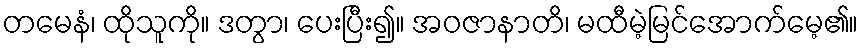
တမေနံ၊ ထိုသူကို။ ဒတွာ၊ ပေးပြီး၍။ အဝဇာနာတိ၊ မထီမဲ့မြင်အောက်မေ့၏။